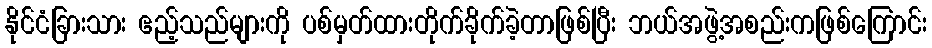
နိုင်ငံခြားသား ဧည့်သည်များကို ပစ်မှတ်ထားတိုက်ခိုက်ခဲ့တာဖြစ်ပြီး ဘယ်အဖွဲ့အစည်းကဖြစ်ကြောင်း